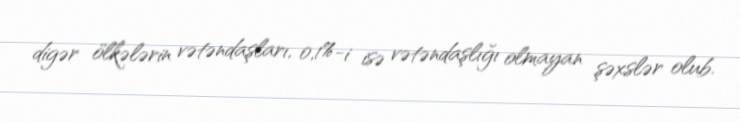
digər ölkələrin vətəndaşları, 0,1%-i isə vətəndaşlığı olmayan şəxslər olub.